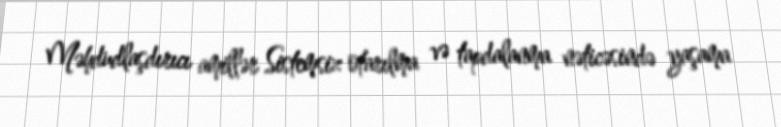
Məhdudlaşdırıcı amillər Sistemsiz otarılma və tapdalanma nəticəsində yaşama